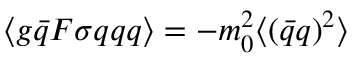
\langle g \bar { q } F \sigma q q q \rangle = - m _ { 0 } ^ { 2 } \langle \left( \bar { q } q \right) ^ { 2 } \rangle